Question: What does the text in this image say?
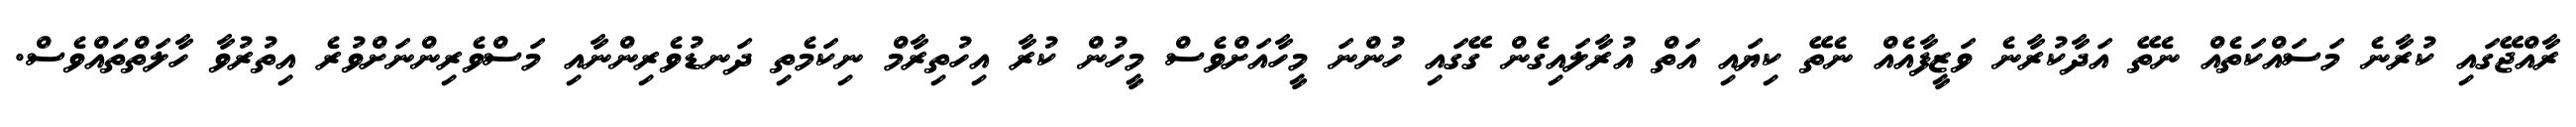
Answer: ރާއްޖޭގައި ކުރާނެ މަސައްކަތެއް ނެތޭ އަދާކުރާނެ ވަޒީފާއެއް ނެތޭ ކިޔައި އަތް އުރާލައިގެން ގޭގައި ހުންނަ މީހާއަށްވެސް މީހުން ކުރާ އިހުތިރާމް ނިކަމެތި ދަނޑުވެރިންނާއި މަސްވެރިންނަށްވުރެ އިތުރުވާ ހާލަތްތައްވެސް.